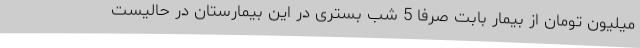
میلیون تومان از بیمار بابت صرفاً 5 شب بستری در این بیمارستان در حالیست